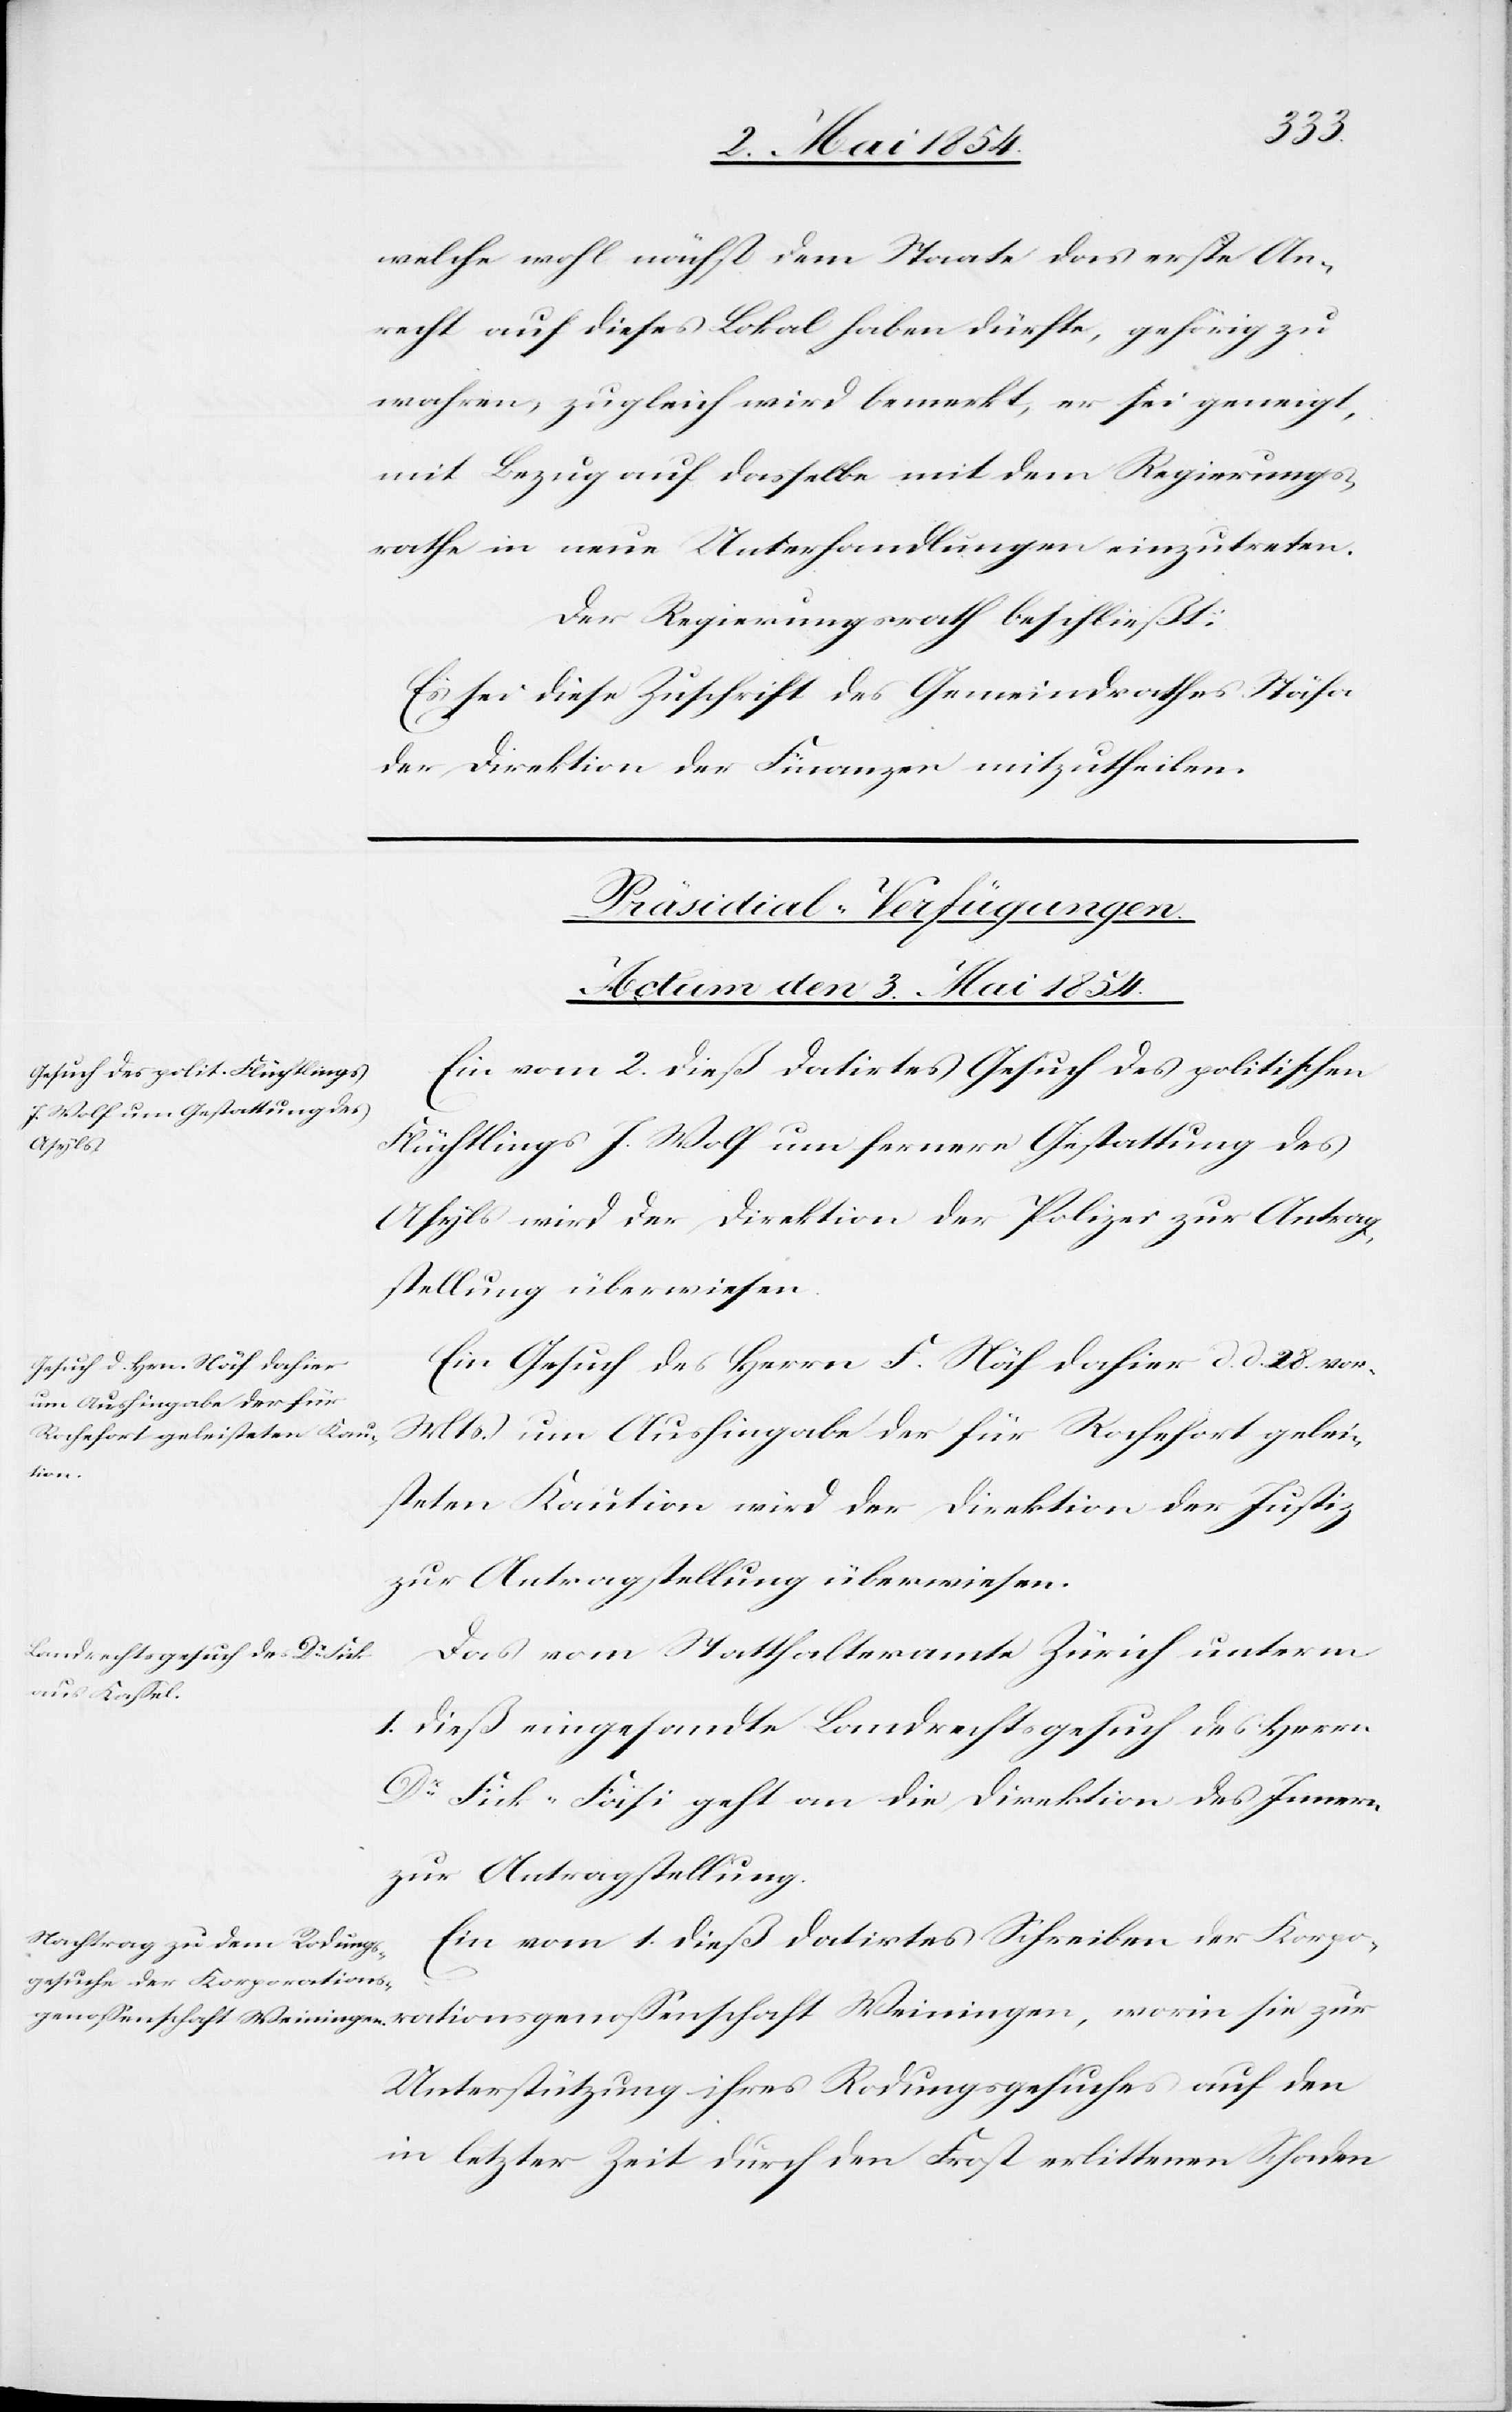
welche wohl nächst dem Staate das erste An¬
recht auf dieses Lokal haben dürfte, gehörig zu
wahren, zugleich wird bemerkt, er sei geneigt,
mit Bezug auf dasselbe mit dem Regierungs¬
rathe in neue Unterhandlungen einzutreten.
Der Regierungsrath beschließt:
Es sei diese Zuschrift des Gemeindrathes Stäfa
der Direktion der Finanzen mitzutheilen.
[Präsidial-Verfügungen.
Actum den 3. Mai 1854.]
Ein vom 2. dieß datirtes Gesuch des politischen
Schaden
Flüchtlings J. Wolf um fernere Gestattung des
Asyls wird der Direktion der Polizei zur Antrag¬
stellung überwiesen.
Ein Gesuch des Herrn F. Näf dahier d. d. 28. vor.
Mts. um Aushingabe der für Rochefort gelei¬
den
steten Kaution wird der Direktion der Justiz
zur Antragstellung überwiesen.
Das vom Statthalteramte Zürich unterm
1. dieß eingesandte Landrechtsgesuch des Herrn
Dr Fick-Fäsi geht an die Direktion des Innern
zur Antragstellung.
Ein vom 1. dieß datirtes Schreiben der Korpor¬
genoßenschaft Weiningen, worin sie zur Unterstützung ihres Rodungsgesuches auf den in letzter